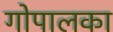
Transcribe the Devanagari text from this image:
गोपालका